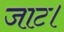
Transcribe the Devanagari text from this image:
जाट।